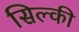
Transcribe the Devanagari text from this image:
सिल्की